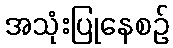
အသုံးပြုနေစဉ်